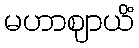
မဟာဈာယိံ